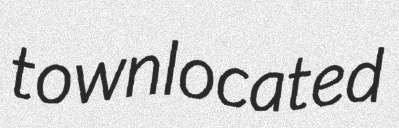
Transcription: town located